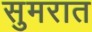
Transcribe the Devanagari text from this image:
सुमरात